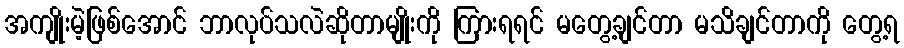
အကျိုးမဲ့ဖြစ်အောင် ဘာလုပ်သလဲဆိုတာမျိုးကို ကြားရရင် မတွေ့ချင်တာ မသိချင်တာကို တွေ့ရ